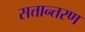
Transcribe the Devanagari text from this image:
सत्तान्तरण